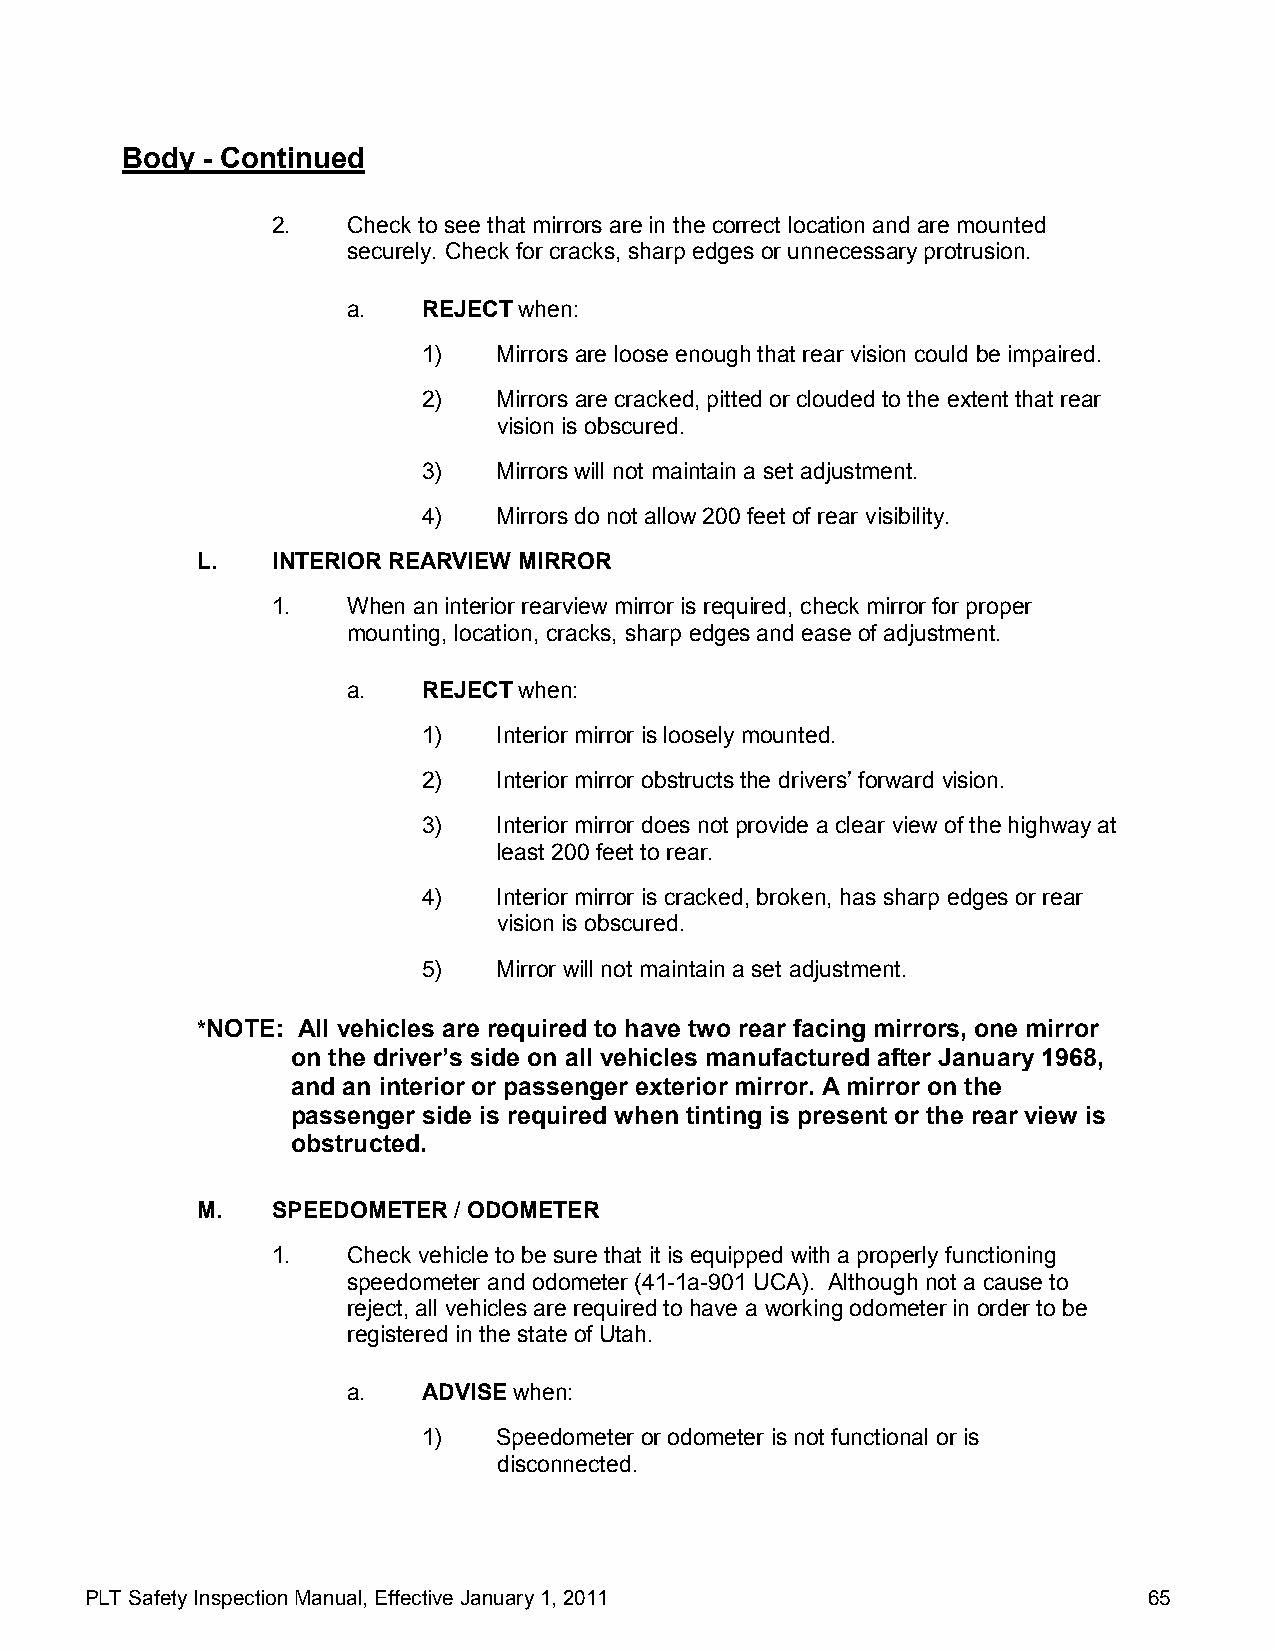
Body - Continued
 2.   Check to see that mirrors are in the correct location and are mounted
 securely. Check for cracks, sharp edges or unnecessary protrusion.
 a.   REJECT when:
 1)   Mirrors are loose enough that rear vision could be impaired.
 2)   Mirrors are cracked, pitted or clouded to the extent that rear
 vision is obscured.
 3)   Mirrors will not maintain a set adjustment.
 4)   Mirrors do not allow 200 feet of rear visibility.
 L.   INTERIOR REARVIEW MIRROR
 1.   When an interior rearview mirror is required, check mirror for proper
 mounting, location, cracks, sharp edges and ease of adjustment.
 a.   REJECT when:
 1)   Interior mirror is loosely mounted.
 2)   Interior mirror obstructs the drivers’ forward vision.
 3)   Interior mirror does not provide a clear view of the highway at
 least 200 feet to rear.
 4)   Interior mirror is cracked, broken, has sharp edges or rear
 vision is obscured.
 5)   Mirror will not maintain a set adjustment.
 *NOTE: All vehicles are required to have two rear facing mirrors, one mirror
 on the driver’s side on all vehicles manufactured after January 1968,
 and an interior or passenger exterior mirror. A mirror on the
 passenger side is required when tinting is present or the rear view is
 obstructed.
 M.   SPEEDOMETER / ODOMETER
 1.   Check vehicle to be sure that it is equipped with a properly functioning
 speedometer and odometer (41-1a-901 UCA). Although not a cause to
 reject, all vehicles are required to have a working odometer in order to be
 registered in the state of Utah.
 a.   ADVISE when:
 1)   Speedometer or odometer is not functional or is
 disconnected.
 PLT Safety Inspection Manual, Effective January 1, 2011               65